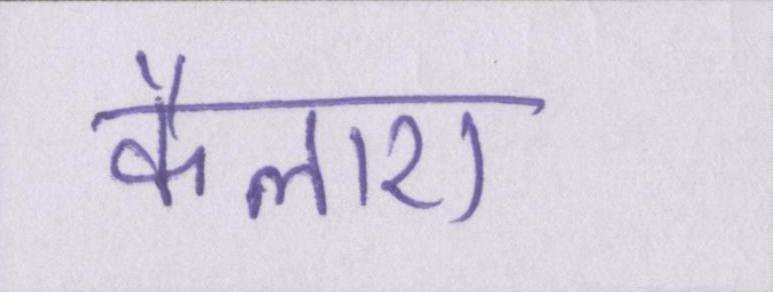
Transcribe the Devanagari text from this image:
कैलाश